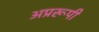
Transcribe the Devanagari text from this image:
अप्ररूपी